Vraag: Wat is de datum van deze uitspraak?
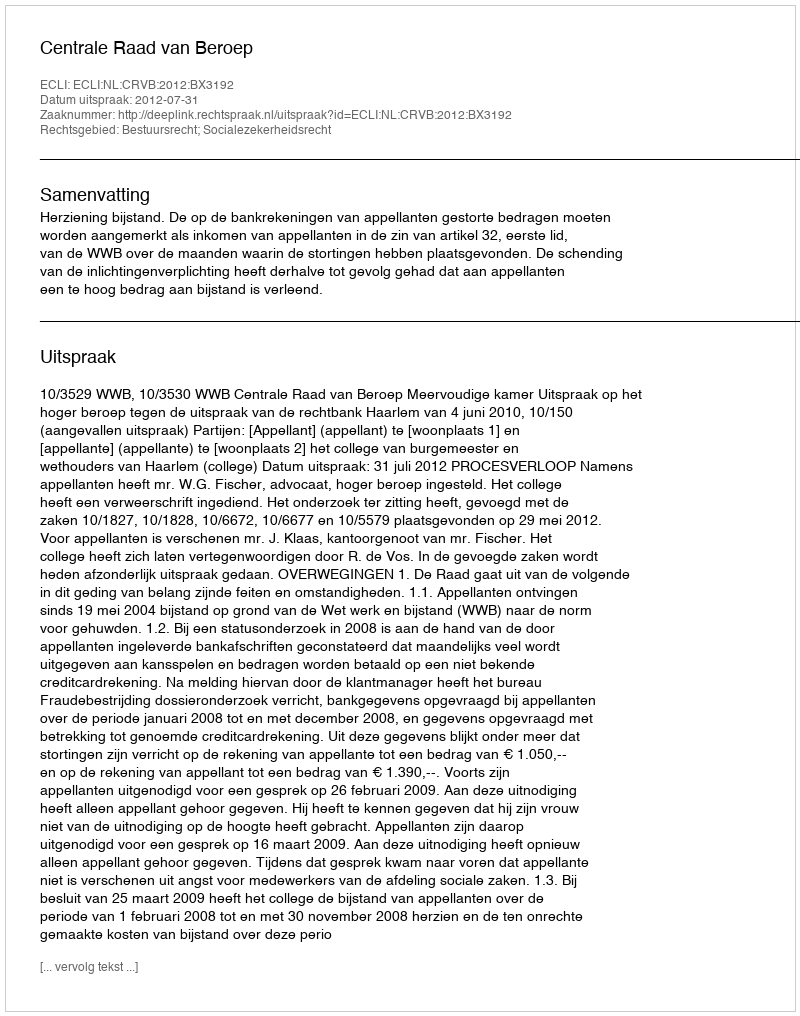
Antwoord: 2012-07-31